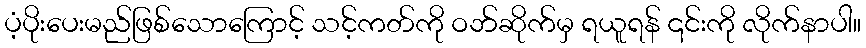
ပံ့ပိုးပေးမည်ဖြစ်သောကြောင့် သင့်ကတ်ကို ဝဘ်ဆိုက်မှ ရယူရန် ၎င်းကို လိုက်နာပါ။